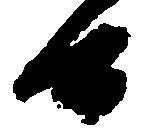
候